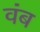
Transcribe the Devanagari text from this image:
वंब